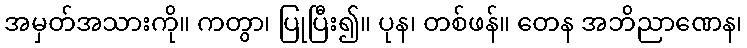
အမှတ်အသားကို။ ကတွာ၊ ပြုပြီး၍။ ပုန၊ တစ်ဖန်။ တေန အဘိညာဏေန၊